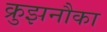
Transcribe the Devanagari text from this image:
क्रुझनौका